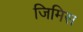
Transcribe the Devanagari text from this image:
जिमिस